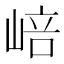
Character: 㟝